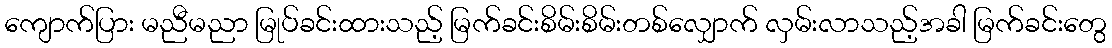
ကျောက်ပြား မညီမညာ မြုပ်ခင်းထားသည့် မြက်ခင်းစိမ်းစိမ်းတစ်လျှောက် လှမ်းလာသည့်အခါ မြက်ခင်းတွေ